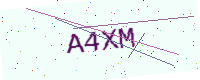
Text: A4XM